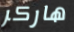
هاركر